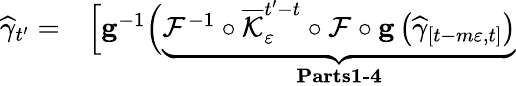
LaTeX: \begin{array}{rl}{\widehat{\gamma}_{t^{\prime}}=}&{{}\Big[\mathbf{g}^{-1}\Big(\underbrace{\mathcal{F}^{-1}\circ\overline{{\mathcal{K}}}_{\varepsilon}^{t^{\prime}-t}\circ\mathcal{F}\circ\mathbf{g}\left(\widehat{\gamma}_{\left[t-m\varepsilon,t\right]}\right)}_{\textbf{Parts1-4}}}\end{array}